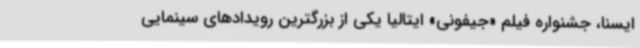
ایسنا، جشنواره فیلم «جیفونی» ایتالیا یکی از بزرگترین رویدادهای سینمایی